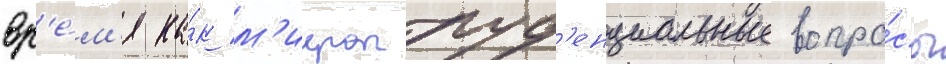
вр'е́м'я ка́к м'икропруд'енциальные вопро́сы